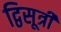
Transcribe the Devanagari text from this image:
द्विसूत्री